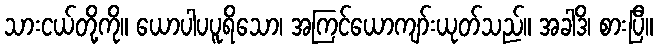
သားငယ်တို့ကို။ ယောပါပပူရိသော၊ အကြင်ယောကျာ်းယုတ်သည်။ အခါဒိ၊ စားပြီ။